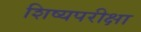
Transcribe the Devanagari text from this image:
शिष्यपरीक्षा